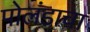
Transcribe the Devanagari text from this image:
पोलंडाचा